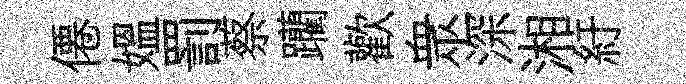
僊媪罰蔡躪歡衆深湘紆